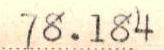
78.184